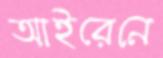
আইরেনে